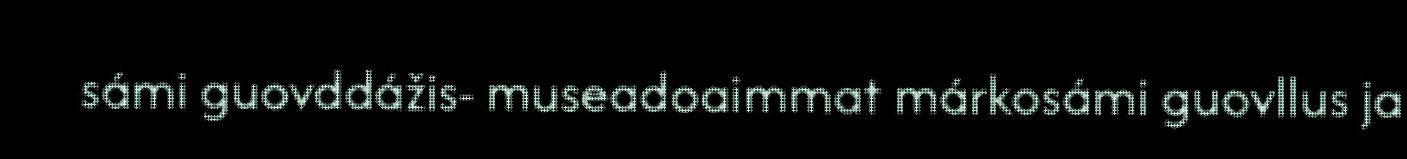
sámi guovddážis- museadoaimmat márkosámi guovllus ja